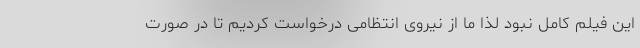
این فیلم کامل نبود لذا ما از نیروی انتظامی درخواست کردیم تا در صورت